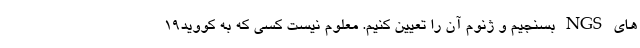
های NGS بسنجیم و ژنوم آن را تعیین کنیم. معلوم نیست کسی که به کووید۱۹